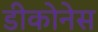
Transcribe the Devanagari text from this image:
डीकोनेस